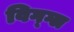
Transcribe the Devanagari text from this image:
विग्ग्ल